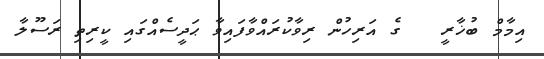
އިމާމް ބުޚާރީ   ގެ އަރިހުން ރިވާކުރައްވާފައިވާ ޙަދީސެއްގައި ކީރިތި ރަސޫލާ